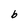
Character: b